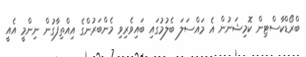
ބްރޯޑްކާސްޓިން ކޮމިޝަނުން އެ މައްސަލަ ބެލުމުގައި ބައިވެރިވި މެންބަރުންގެ އިއްތިފާގުން ނިންމީ އެއީ